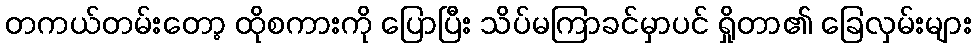
တကယ်တမ်းတော့ ထိုစကားကို ပြောပြီး သိပ်မကြာခင်မှာပင် ရှိုတာ၏ ခြေလှမ်းများ